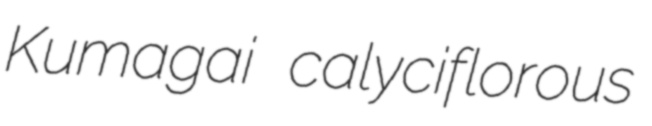
Kumagai calyciflorous